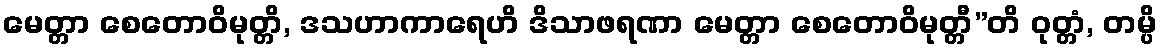
မေတ္တာ စေတောဝိမုတ္တိ, ဒသဟာကာရေဟိ ဒိသာဖရဏာ မေတ္တာ စေတောဝိမုတ္တီ”တိ ဝုတ္တံ, တမ္ပိ